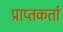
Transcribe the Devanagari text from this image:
प्राप्‍तकर्ता